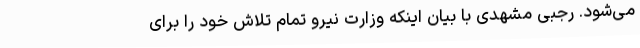
می‌شود. رجبی مشهدی با بیان اینکه وزارت نیرو تمام تلاش خود را برای